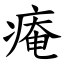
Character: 痷